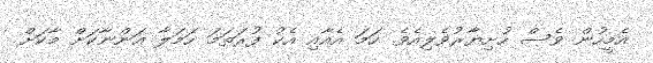
އެމީހުން ވެސް ހުށިޔާރުވެލިއެވެ. ހަމަ އެއާއި އެކު ފުރަތަމަ ހަމަލާ އަންނާކަށް މާކަށް